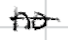
Text: no
Cross-out: single-line
Writing tool: digital_black